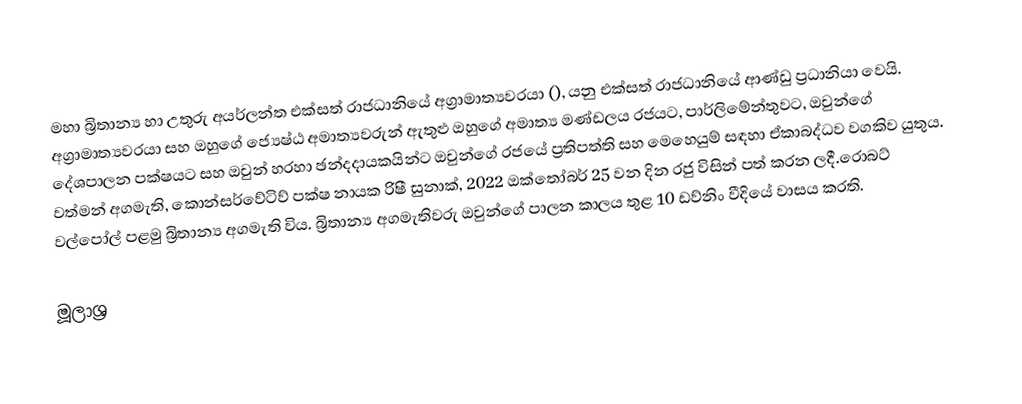
මහා බ්‍රිතාන්‍ය හා උතුරු අයර්ලන්ත එක්සත් රාජධානියේ අග්‍රාමාත්‍යවරයා (), යනු එක්සත් රාජධානියේ ආණ්ඩු ප්‍රධානියා වෙයි. අග්‍රාමාත්‍යවරයා සහ ඔහුගේ ජ්‍යෙෂ්ඨ අමාත්‍යවරුන් ඇතුළු ඔහුගේ අමාත්‍ය මණ්ඩලය රජයට, පාර්ලිමේන්තුවට, ඔවුන්ගේ දේශපාලන පක්ෂයට සහ ඔවුන් හරහා ඡන්දදායකයින්ට ඔවුන්ගේ රජයේ ප්‍රතිපත්ති සහ මෙහෙයුම් සඳහා ඒකාබද්ධව වගකිව යුතුය. වත්මන් අගමැති, කොන්සර්වේටිව් පක්ෂ නායක රිෂී සුනාක්, 2022 ඔක්තෝබර් 25 වන දින රජු විසින් පත් කරන ලදී.රොබට් වල්පෝල් පළමු බ්‍රිතාන්‍ය අගමැති විය. බ්‍රිතාන්‍ය අගමැතිවරු ඔවුන්ගේ පාලන කාලය තුළ 10 ඩව්නිං වීදියේ වාසය කරති.

මූලාශ්‍ර